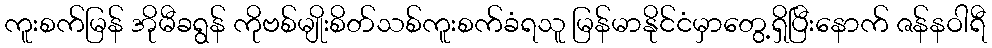
ကူးစက်မြန် အိုမီခရွန် ကိုဗစ်မျိုးစိတ်သစ်ကူးစက်ခံရသူ မြန်မာနိုင်ငံမှာတွေ့ရှိပြီးနောက် ဇန်နဝါရီ